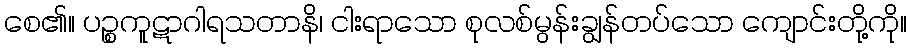
စေ၏။ ပဉ္စကူဋာဂါရသတာနိ၊ ငါးရာသော စုလစ်မွန်းချွန်တပ်သော ကျောင်းတို့ကို။